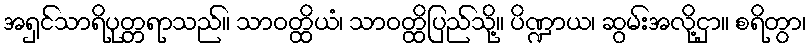
အရှင်သာရိပုတ္တရာသည်။ သာဝတ္ထိယံ၊ သာဝတ္ထိပြည်သို့။ ပိဏ္ဍာယ၊ ဆွမ်းအလို့ငှာ။ စရိတွာ၊